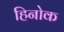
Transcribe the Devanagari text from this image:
हिनोक